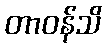
တာဝန်သိ